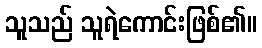
သူသည် သူရဲကောင်းဖြစ်၏။